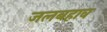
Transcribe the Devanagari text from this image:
जलबहाव